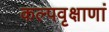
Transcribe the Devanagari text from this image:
कल्पवृक्षाणां